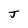
Character: J